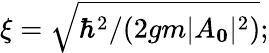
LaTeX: \xi=\sqrt{\hbar^{2}/(2gm\lvert A_{\mathbf 0}\rvert^{2})};